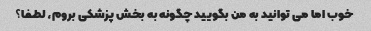
خوب اما می توانید به من بگویید چگونه به بخش پزشکی بروم، لطفا؟